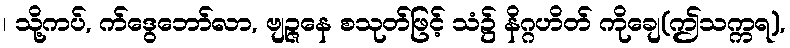
၊ သို့ကပ်, က်ဒွေဘော်လာ, ဗျဉ္ဇနေ စသုတ်ဖြင့် သံ၌ နိဂ္ဂဟိတ် ကိုချေ(ဤသက္ကရ),